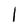
Character: 1